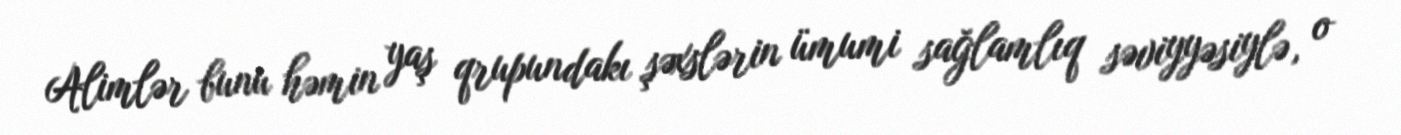
Alimlər bunu həmin yaş qrupundakı şəxslərin ümumi sağlamlıq səviyyəsiylə, o